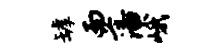
罅而藩峨